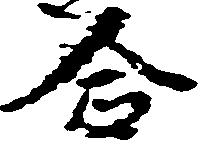
合